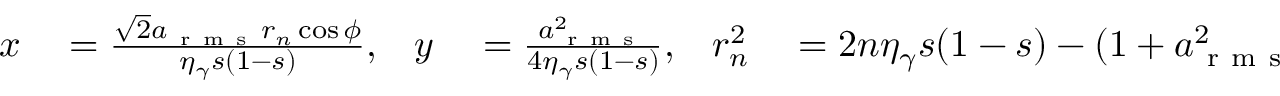
\begin{array} { r l r l r l } { x } & { { } = \frac { \sqrt { 2 } a _ { \mathrm { ~ r ~ m ~ s ~ } } r _ { n } \cos \phi } { \eta _ { \gamma } s ( 1 - s ) } , } & { y } & { { } = \frac { a _ { \mathrm { ~ r ~ m ~ s ~ } } ^ { 2 } } { 4 \eta _ { \gamma } s ( 1 - s ) } , } & { r _ { n } ^ { 2 } } & { { } = 2 n \eta _ { \gamma } s ( 1 - s ) - ( 1 + a _ { \mathrm { ~ r ~ m ~ s ~ } } ^ { 2 } ) , } \end{array}